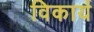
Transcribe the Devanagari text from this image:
विकार्य